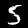
Digit: 5